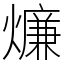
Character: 燫